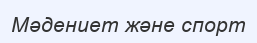
Мәдениет және спорт